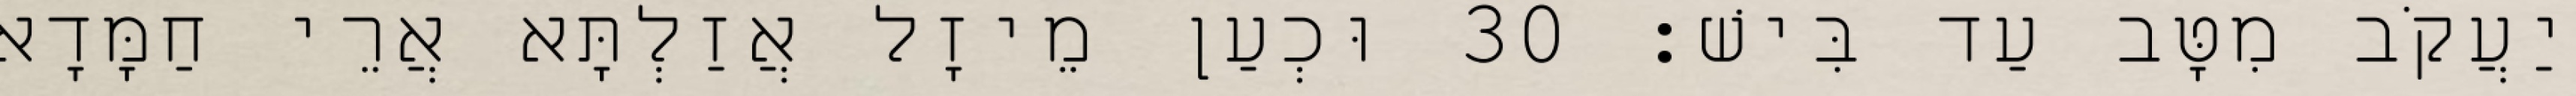
יַעֲקֹב מִטָּב עַד בִּישׁ׃ 30 וּכְעַן מֵיזָל אֲזַלְתָּא אֲרֵי חַמָּדָא